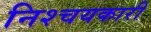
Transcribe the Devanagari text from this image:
निश्चयकारी